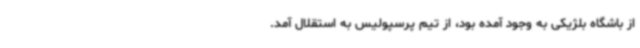
از باشگاه بلژیکی به وجود آمده بود، از تیم پرسپولیس به استقلال آمد.